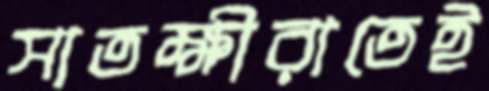
সাতক্ষীরাতেই